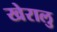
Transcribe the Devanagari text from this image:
खेरालु